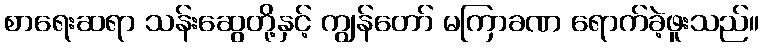
စာရေးဆရာ သန်းဆွေတို့နှင့် ကျွန်တော် မကြာခဏ ရောက်ခဲ့ဖူးသည်။